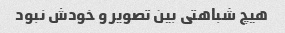
هیچ شباهتی بین تصویر و خودش نبود